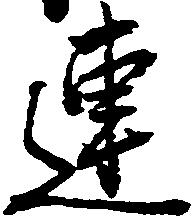
連